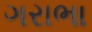
ગરાભા